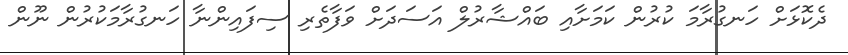
ދެކޮޅަށް ހަނގުރާމަ ކުރުން ކަމަށާއި ބައްޝާރުލް އަސަދަށް ވަފާތެރި ސިފައިންނާ ހަނގުރާމަކުރުން ނޫން